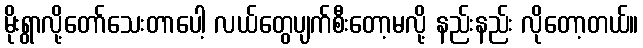
မိုးရွာလို့တော်သေးတာပေါ့ လယ်တွေပျက်စီးတော့မလို့ နည်းနည်း လိုတော့တယ်။